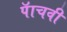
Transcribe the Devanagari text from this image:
पॅाचवी